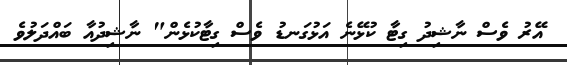
އޭރު ވެސް ނާޝިދު ގިޓާ ކުޅޭނެ އަޅުގަނޑު ވެސް ގިޓާކުޅެން" ނާޝިދުއާ ބައްދަލުވެ